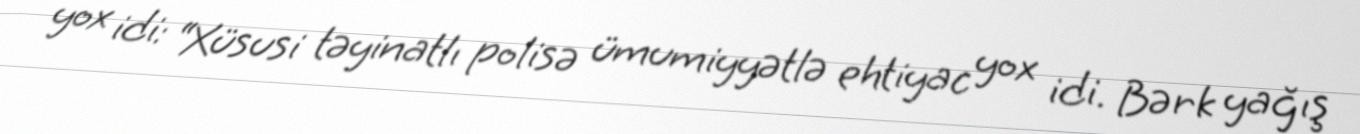
yox idi: “Xüsusi təyinatlı polisə ümumiyyətlə ehtiyac yox idi. Bərk yağış